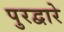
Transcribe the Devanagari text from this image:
पुरद्वारे